Indian journal of veterinary science and animal husbandry - Volume 14,
Year: 1944
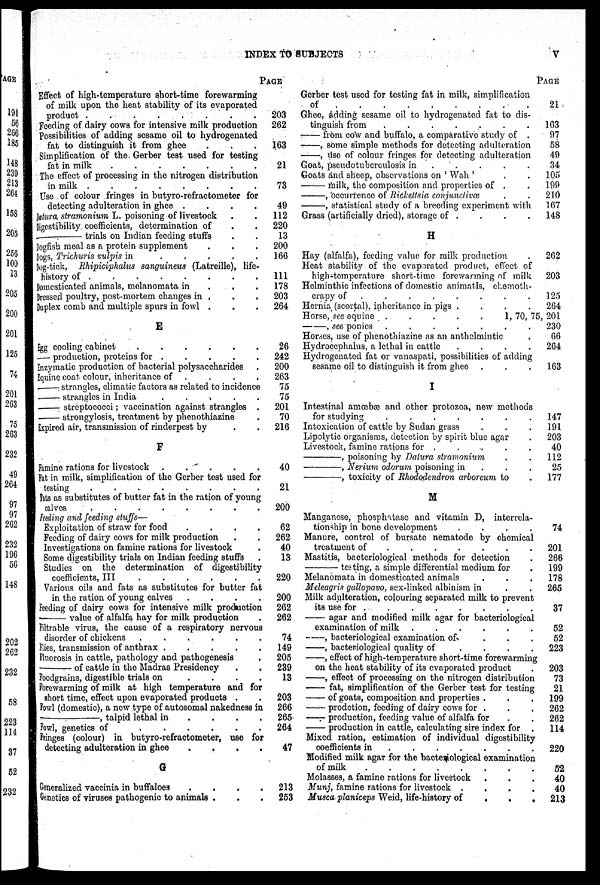
INDEX TO SUBJECTS
V
Effect of high-temperature short-time forewarming
of milk upon the heat stability of its evaporated
product .
.
.
.
.
.
.
.
Feeding of dairy cows for intensive milk production
Possibilities of adding sesame oil to hydrogenated
fat to distinguish it from ghee
Simplification of the Gerber test used for testing
fat in milk
.
.
.
.
.
.
.
The effect of processing in the nitrogen distribution
in milk .
.
.
.
.
.
.
.
Use of colour fringes in butyro-refractometer for
detecting adulteration in ghee .
.
.
.
Datura stramonium L. poisoning of livestock . .
Digestibility coefficients, determination of . .
——
trials on Indian feeding stuffs . .
Dogfish meal as a protein supplement . . .
Dogs, Trichuris vulpis in
.
.
.
.
.
Dog-tick, Rhipiciphalus sanguineus (Latreille), life-
history of .
.
.
.
.
.
.
Domesticated animals, melanomata in . . . .
Dressed poultry, post-mortem changes in . . .
Duplex comb and multiple spurs in fowl . . .
E
Egg cooling cabinet
.
.
.
.
.
.
— production, proteins for .
.
.
.
.
Enzymatic production of bacterial polysaccharides .
Equine coat colour, inheritance of . . . .
—— strangles, climatic factors as related to incidence
—— strangles in India
.
.
.
.
.
—— streptococci; vaccination against strangles .
—— strongylosis, treatment by phenothiazine .
Expired air, transmission of rinderpest by . .
F
Famine rations for livestock
Fat in milk, simplification of the Gerber test used for
testing
.
.
.
.
.
.
.
.
Fats as substitutes of butter fat in the ration of young
calves
.
.
.
.
.
.
.
.
Feeding and feeding stuffs—
Exploitation of straw for food
.
.
.
.
Feeding of dairy cows for milk production . .
Investigations on famine rations for livestock .
Some digestibility trials on Indian feeding stuffs .
Studies on the determination of digestibility
coefficients, III
.
.
.
.
.
.
Various oils and fats as substitutes for butter fat
in the ration of young calves
.
.
.
.
Feeding of dairy cows for intensive milk production
—— value of alfalfa hay for milk production .
Filtrable virus, the cause of a respiratory nervous
disorder of chickens
.
.
.
.
.
.
Flies, transmission of anthrax .
.
.
.
.
Fluorosis in cattle, pathology and pathogenesis .
——
of cattle in the Madras Presidency . .
Foodgrains, digestible trials on
.
.
.
.
Forewarming of milk at high temperature and for
short time, effect upon evaporated products . .
Fowl (domestic), a new type of autosomal nakedness in
——,
talpid lethal in
.
.
.
Fowl, genetics of
.
.
.
.
.
.
Fringes (colour) in butyro-refractometer, use for
detecting adulteration in ghee
.
.
.
.
G
Generalized vaccinia in buffaloes
.
.
.
.
Genetics of viruses pathogenic to animals .
PAGE
203
262
163
21
73
49
112
220
13
200
166
111
178
203
264
26
242
200
263
75
75
201
70
216
40
21
200
62
262
40
13
220
200
262
262
74
149
205
239
13
203
266
265
264
47
213
253
Gerber test used for testing fat in milk, simplification
of
Ghee, adding sesame oil to hydrogenated fat to dis-
tinguish from
.
.
.
.
.
.
.
—— from cow and buffalo, a comparative study of .
——, some simple methods for detecting adulteration
——, use of colour fringes for detecting adulteration
Goat, pseudotuberculosis in
....
.
Goats and sheep, observations on 'Wah' . .
—— milk, the composition and properties of . .
——, occurrence of Rickettsia conjunctivœ . .
——, statistical study of a breeding experiment with
Grass (artificially dried), storage of . . . . .
H
Hay (alfalfa), feeding value for milk production .
Heat stability of the evaporated product, effect of
high-temperature short-time forewarming of milk
Helminthic infections of domestic animatls, chemoth-
erapy of
.......
.
Hernia (scortal), inheritance in pigs .
.
.
.
Horse, see equine .
.
.
.
.
——, see ponies .
.
.
.
.
.
.
Horses, use of phenothiazine as an anthelmintic
Hydrocephalus, a lethal in cattle
.
.
.
.
Hydrogenated fat or vanaspati, possibilities of adding
sesame oil to distinguish it from ghee . . . .
I
Intestinal amœbæ and other protozoa, new methods
for studying
.
.
.
.
.
.
.
Intoxication of cattle by Sudan grass . . .
Lipolytic organisms, detection by spirit blue agar .
Livestock, famine rations for . . . . .
——,
poisoning by Datura stramonium . .
——,
Nerium odorum poisoning in . . .
——,
toxicity of Rhododendron arboreum to .
M
Manganese, phosphatase and vitamin D, interrela-
tionship in bone development
.
.
.
.
Manure, control of bursate nematode by chemical
treatment of
......
.
Mastitis, bacteriological methods for detection .
——
testing, a simple differential medium for .
Melanomata in domesticated animals . . .
Meleagris gallopavo, sex-linked albinism in . .
Milk adulteration, colouring separated milk to prevent
its use for .
.
.
.
.
.
.
—
agar and modified milk agar for bacteriological
examination of milk .
.
.
.
.
.
——, bacteriological examination of
.
.
.
—, bacteriological quality of
.
.
.
.
—, effect of high-temperature short-time forewarming
on the heat stability of its evaporated product .
—, effect of processing on the nitrogen distribution
— fat, simplification of the Gerber test for testing
—— of goats, composition and properties . . .
— prodction, feeding of dairy cows for . . .
—— production, feeding value of alfalfa for . .
— production in cattle, calculating sire index for .
Mixed ration, estimation of individual digestibility
coefficients in
.
.
.
.
.
.
Modified milk agar for the bactemological examination
of milk
.
.
.
.
.
.
.
.
Molasses, a famine rations for livestock . . .
Munj, famine rations for livestock .
.
.
.
Musca planiceps Weid, life-history of
.
.
.
PAGE
21
163
97
58
49
34
105
199
210
167
148
262
203
125
264
1, 70, 75,201
230
66
264
163
147
191
203
40
112
25
177
74
201
266
199
178
265
37
52
52
223
203
73
21
199
262
262
114
220
52
40
40
213